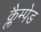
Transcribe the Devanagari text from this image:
क्लैम्पेड